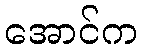
အောင်က